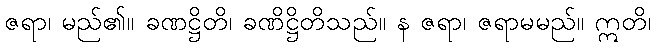
ဇရာ၊ မည်၏။ ခဏဋ္ဌိတိ၊ ခဏိဋ္ဌိတိသည်။ န ဇရာ၊ ဇရာမမည်။ ဣတိ၊